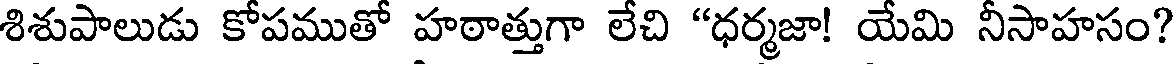
శిశుపాలుడు కోపముతో హఠాత్తుగా లేచి "ధర్మజా! యేమి నీసాహసం?